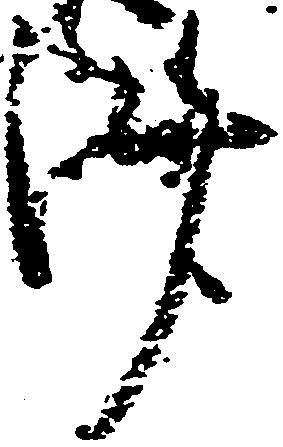
済